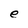
Character: e